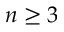
n \ge 3